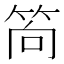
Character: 𥭈